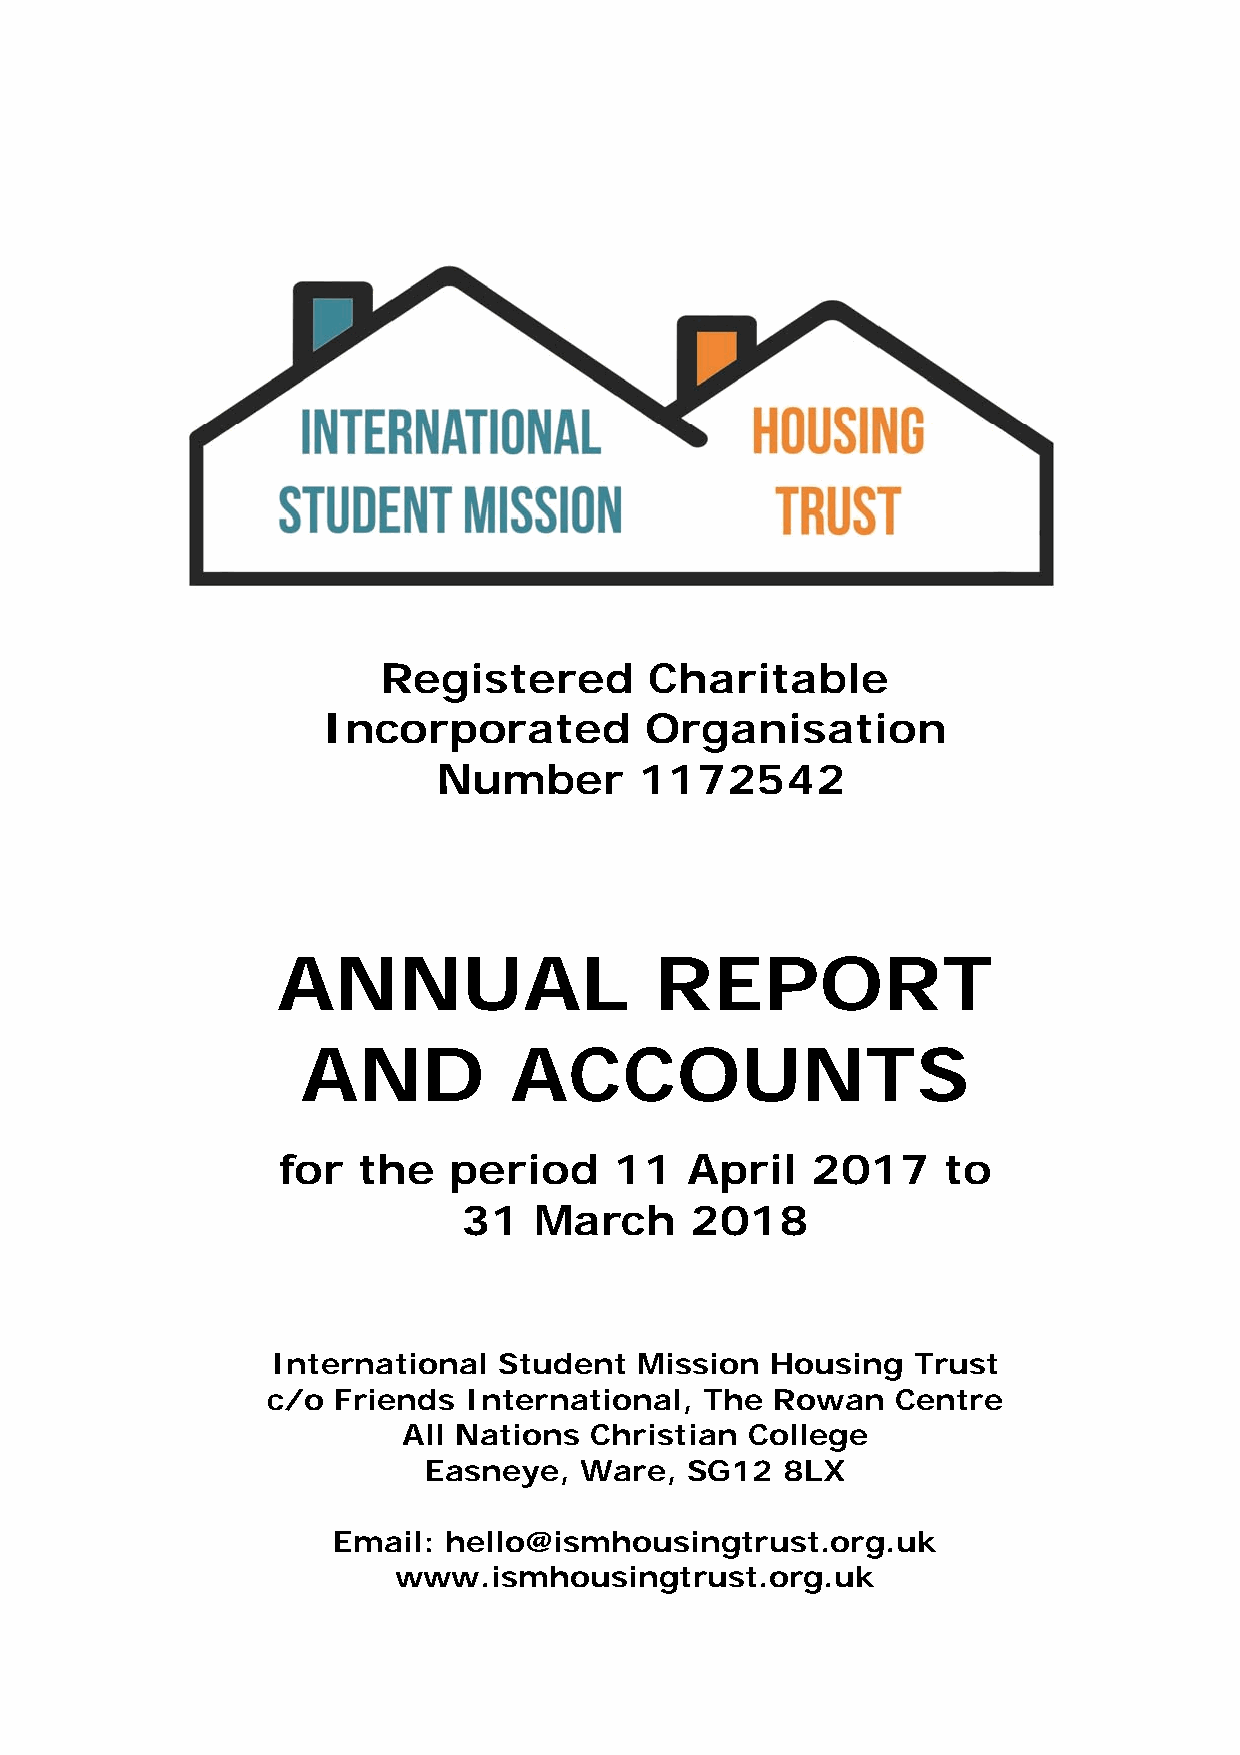
Registered        Charitable
 Incorporated          Organisation
 Number       1172542
 ANNUAL                   REPORT
 AND           ACCOUNTS
 for   the   period     11  April    2017     to
 31   March      2018
 International  Student  Mission  Housing  Trust
 c/o Friends  International,  The Rowan   Centre
 All Nations Christian College
 Easneye,  Ware,   SG12  8LX
 Email: hello@ismhousingtrust.org.uk
 www.ismhousingtrust.org.uk